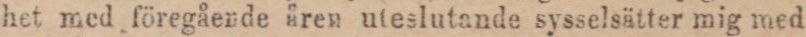
het med föregående åren uteslutande sysselsätter mig med